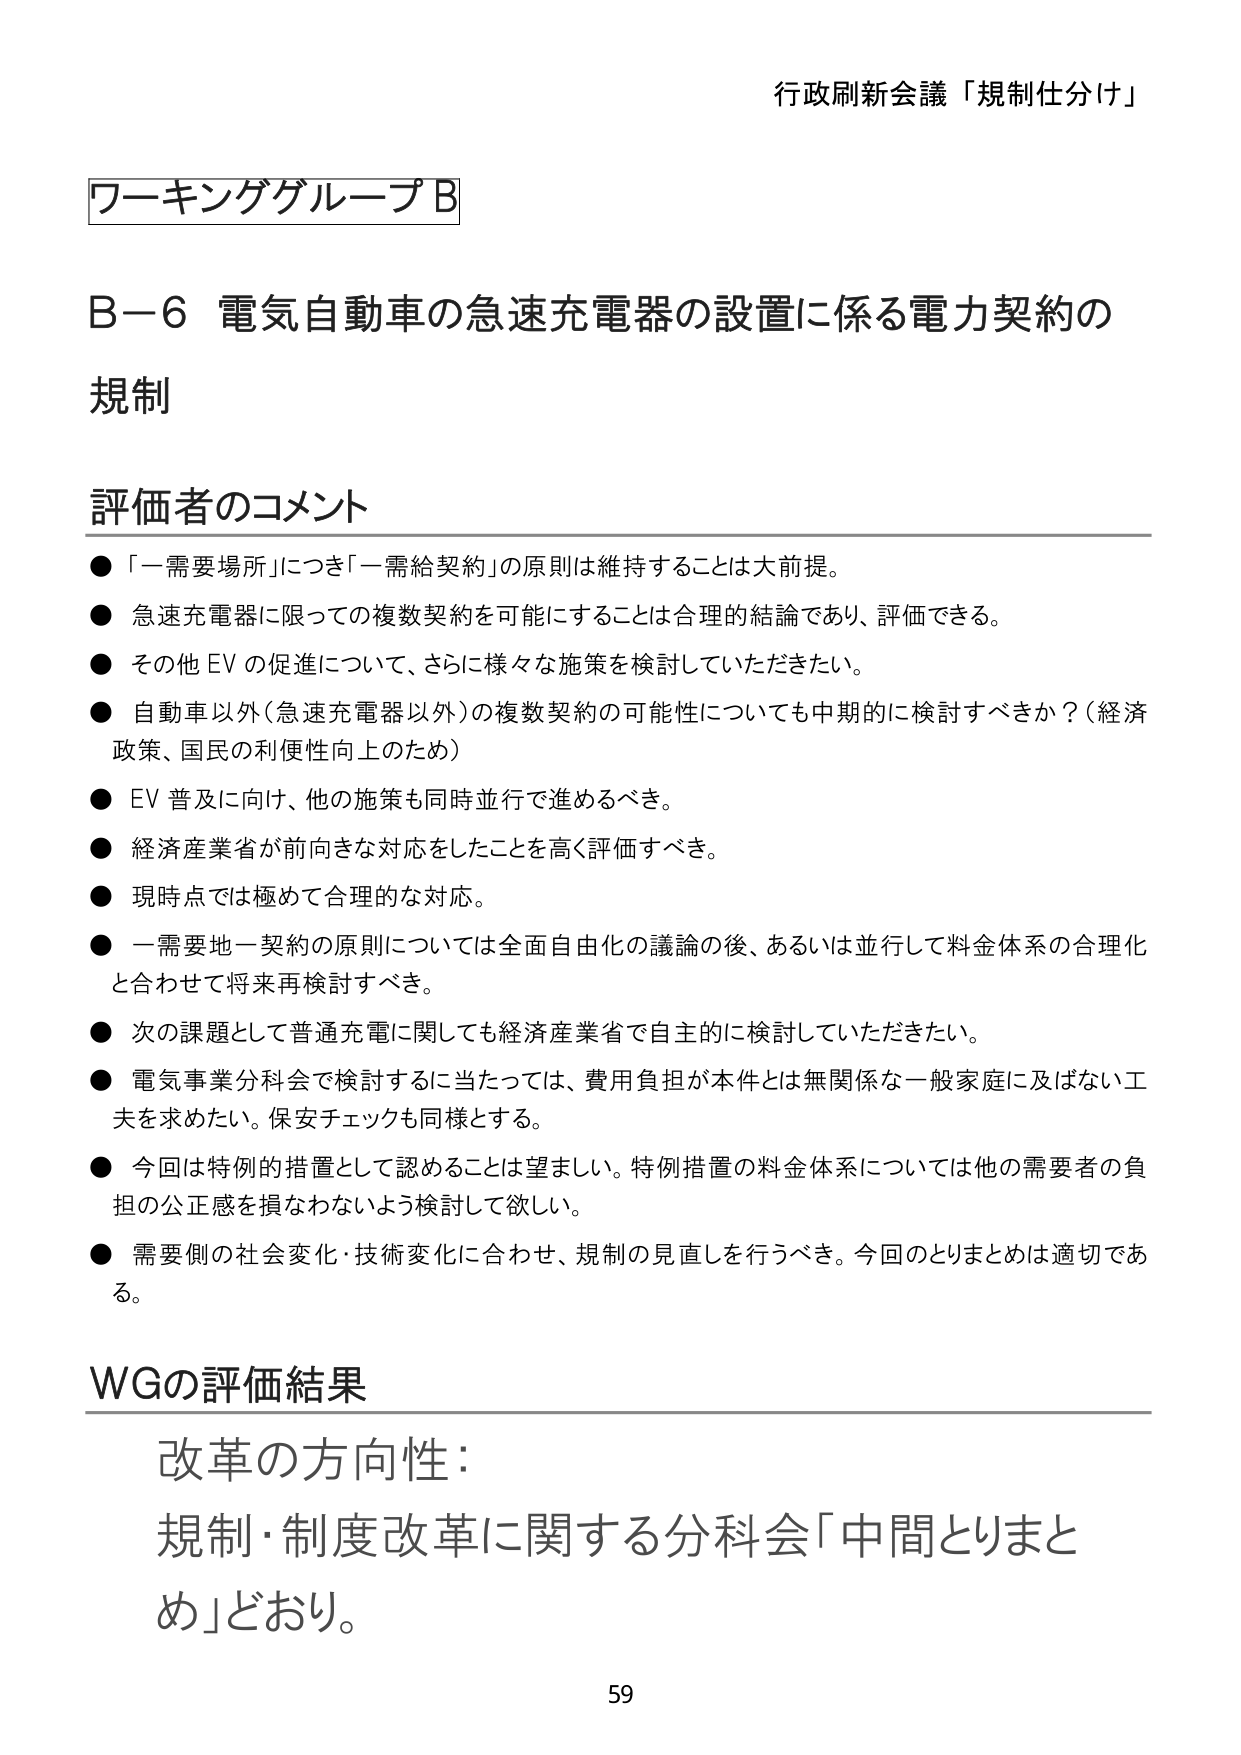
行政刷新会議「規制仕分け」

ワーキンググループB

B－6 電気自動車の急速充電器の設置に係る電力契約の
規制

評価者のコメント
● 「一需要場所」につき「一需給契約」の原則は維持することは大前提。
● 急速充電器に限っての複数契約を可能にすることは合理的結論であり、評価できる。
● その他 EV の促進について、さらに様々な施策を検討していただきたい。
● 自動車以外（急速充電器以外）の複数契約の可能性についても中期的に検討すべきか？（経済政策、国民の利便性向上のため）
● EV 普及に向け、他の施策も同時並行で進めるべき。
● 経済産業省が前向きな対応をしたことを高く評価すべき。
● 現時点では極めて合理的な対応。
● 一需要地一契約の原則については全面自由化の議論の後、あるいは並行して料金体系の合理化と合わせて将来再検討すべき。
● 次の課題として普通充電に関しても経済産業省で自主的に検討していただきたい。
● 電気事業分科会で検討するに当たっては、費用負担が本件とは無関係な一般家庭に及ばない工夫を求めたい。保安チェックも同様とする。
● 今回は特例的措置として認めるることは望ましい。特例措置の料金体系については他の需要者の負担の公正感を損なわないよう検討して欲しい。
● 需要側の社会変化・技術変化に合わせ、規制の見直しを行うべき。今回のとりまとめは適切である。

WGの評価結果
改革の方向性：
規制・制度改革に関する分科会「中間とりまとめ」どおり。

59